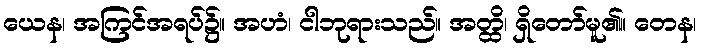
ယေန၊ အကြင်အရပ်၌။ အဟံ၊ ငါဘုရားသည်။ အတ္ထိ၊ ရှိတော်မူ၏။ တေန၊